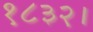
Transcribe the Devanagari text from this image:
१८३२।